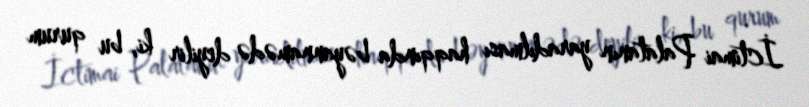
İctimai Palatanın yaradılması haqqında bəyannamədə deyilir ki, bu qurum